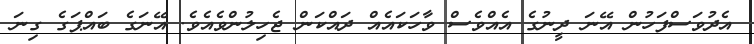
އެދުވަސްފަހުން އޭނަ ދީނުގެ އެއްވެސް ވާހަކައެއް ދައްކަން ޖެހިލުންވެއެވެ. އޭނަގެ ބައްޕަގެ ގިނަ